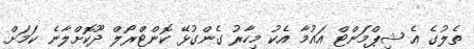
ތެލުގެ އެ ޝިޕްމަންޓް އައުމާ އެކު މިހާރު ގެންގުޅޭ ކޮންޓްރޯލް ދޫކޮށްލާނެ ކަމަށް